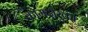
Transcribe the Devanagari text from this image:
कामदारका